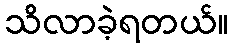
သိလာခဲ့ရတယ်။